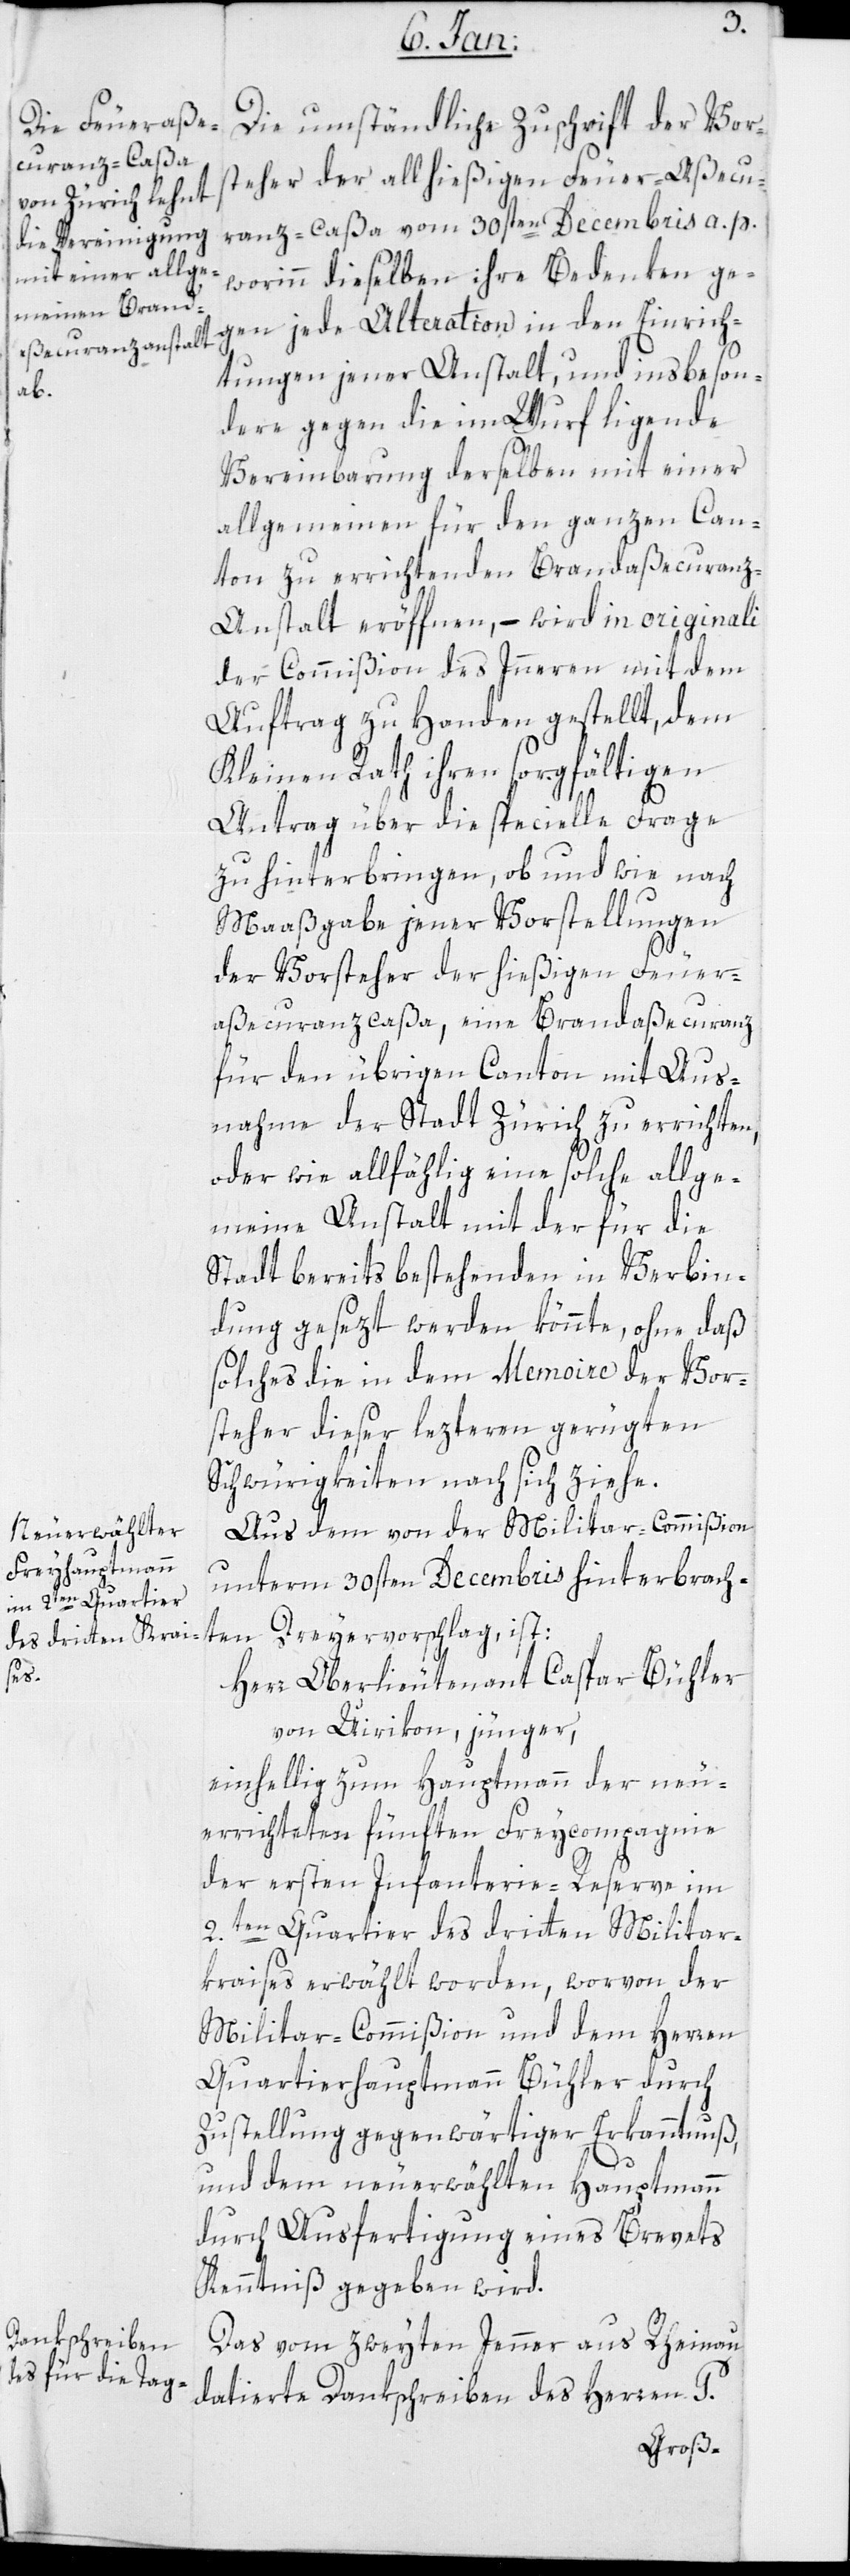
Die umständliche Zuschrift der Vor¬
steher der allhießigen Feuer-Aßecu¬
ranz-Caßa vom 30sten Decembris a.p.,
worin dieselben ihre Bedenken ge¬
gen jede Alteration in den Einrich¬
tungen jener Anstalt, und insbeson¬
dere gegen die im Wurf liegende
Vereinbarung derselben, mit einer
allgemeinen, für den ganzen Can¬
ton zu errichtenden Brandaßecuranz-A¬
nstalt eröffnen, – wird in originali
der Commißion des Innern mit dem
Auftrag zu Handen gestellt, dem
Kleinen Rath ihren sorgfältigen
Antrag über die specielle Frage
zu hinterbringen, ob und wie nach
Maaßgabe jener Vorstellungen
der Vorsteher der hießigen Feuer¬
aßecuranz-Cassa, eine Brandaßecuranz
für den übrigen Canton mit Aus¬
nahme der Stadt Zürich zu errichten,
oder wie allfählig eine solche allge¬
meine Anstalt mit der für die
Stadt bereits bestehenden in Verbin¬
dung gesezt werden könnte, ohne daß
solches die in dem Memoire der Vor¬
steher dieser letzteren gerügten
Schwürigkeiten nach sich ziehe.
Aus dem von der Militar-Commißion
unterm 30sten Decembris hinterbrach¬
ten Dreyervorschlag ist:
Herr Oberlieutenant Caspar Bühler
von Uirikon, jünger,
einhellig zum Hauptmann der neu¬
errichteten fünften Freycompagnie
der ersten Infanterie-Reserve im
2.ten Quartier des dridten Militar¬
kreises erwählt worden, worvon der
Militar-Commißion und dem Herren
Quartierhauptmann Bühler durch
Zustellung gegenwärtiger Erkanntnuß,
und dem neuerwählten Hauptmann
durch Ausfertigung eines Brevets
Kenntniß gegeben wird.
Das vom zweyten Jenner aus Rheinau
datierte Dankschreiben des Herren P.